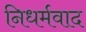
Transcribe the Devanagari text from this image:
निधर्मवाद